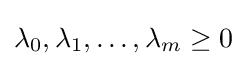
\lambda _{0},\lambda _{1},\ldots ,\lambda _{m}\geq 0